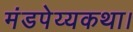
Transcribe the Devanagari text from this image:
मंडपेय्यकथा।